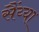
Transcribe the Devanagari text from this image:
सैंय्या